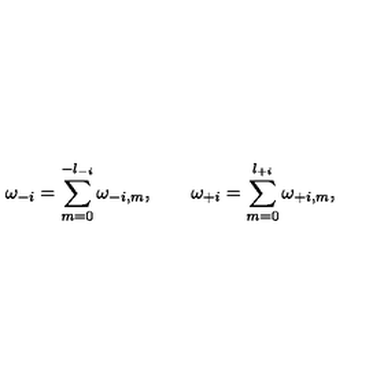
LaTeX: \omega _ { - i } = \sum _ { m = 0 } ^ { - l _ { - i } } \omega _ { - i , m } , \qquad \omega _ { + i } = \sum _ { m = 0 } ^ { l _ { + i } } \omega _ { + i , m } ,